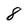
Character: 8